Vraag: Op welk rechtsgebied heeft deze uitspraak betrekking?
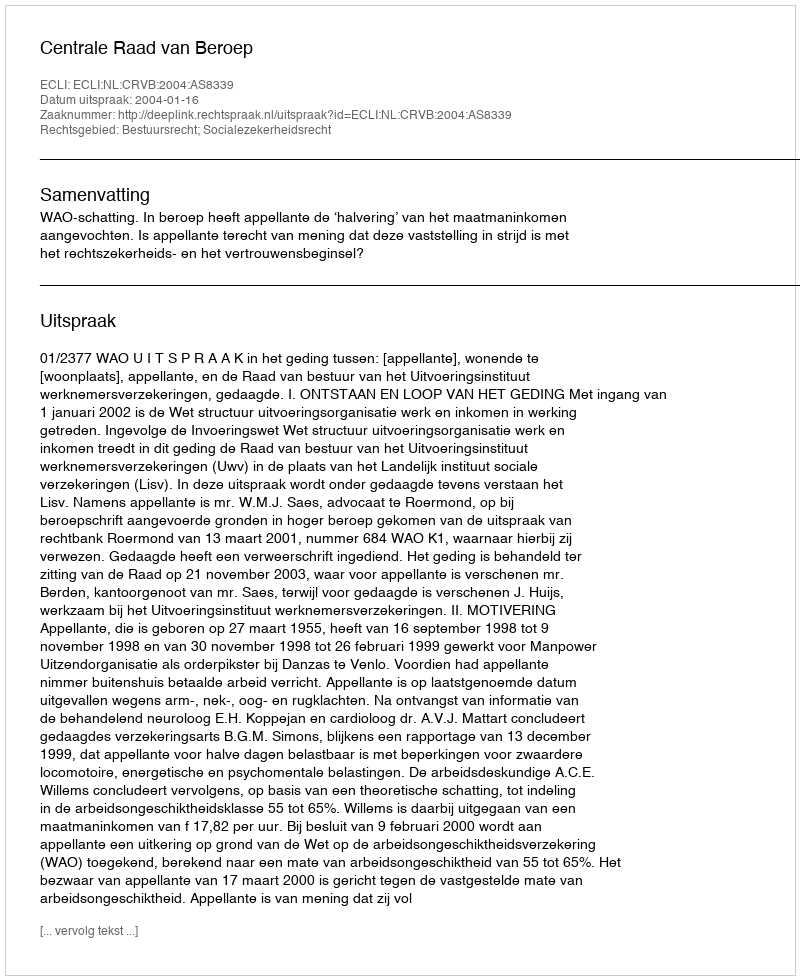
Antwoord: Bestuursrecht; Socialezekerheidsrecht